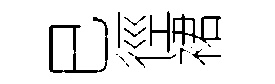
巳徑裙